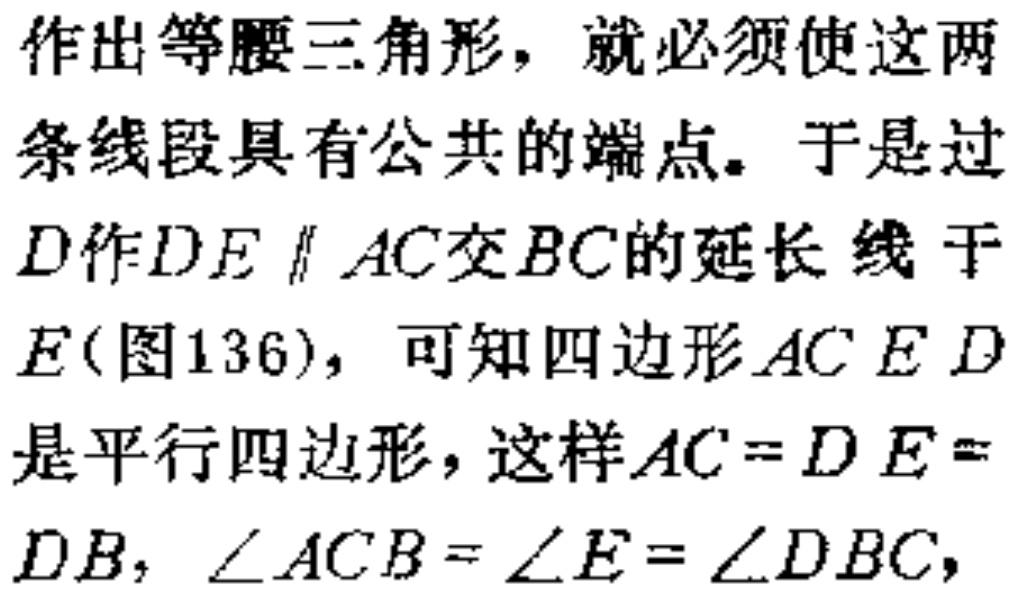
作出等腰三角形，就必须使这两条线段具有公共的端点。于是过\(D\)作\(DE \parallel AC\)交\(BC\)的延长线于\(E\)(图136)，可知四边形\(ACED\)是平行四边形，这样\(AC = DE = DB\)，\(\angle ACB = \angle E = \angle DBC\)，